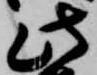
此